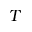
T